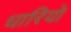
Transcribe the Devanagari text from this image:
धारियो